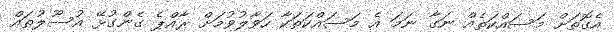
އެގޮތަށް މަސައްކަތެއް ނަގާ ނަމަ އެ މަސައްކަތަކާ ހަވާލުވުމަށް ރާއްޕެ ގެންގުޅޭ އުސޫލުތައް